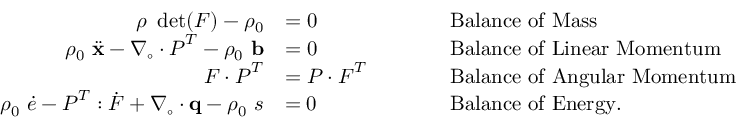
{ \begin{array} { r l r l } { \rho ~ \operatorname* { d e t } ( { \boldsymbol { F } } ) - \rho _ { 0 } } & { = 0 } & & { \qquad { \mathrm { B a l a n c e ~ o f ~ M a s s } } } \\ { \rho _ { 0 } ~ { \ddot { \mathbf { x } } } - { \boldsymbol { \nabla } } _ { \circ } \cdot { \boldsymbol { P } } ^ { T } - \rho _ { 0 } ~ \mathbf { b } } & { = 0 } & & { \qquad { \mathrm { B a l a n c e ~ o f ~ L i n e a r ~ M o m e n t u m } } } \\ { { \boldsymbol { F } } \cdot { \boldsymbol { P } } ^ { T } } & { = { \boldsymbol { P } } \cdot { \boldsymbol { F } } ^ { T } } & & { \qquad { \mathrm { B a l a n c e ~ o f ~ A n g u l a r ~ M o m e n t u m } } } \\ { \rho _ { 0 } ~ { \dot { e } } - { \boldsymbol { P } } ^ { T } : { \dot { \boldsymbol { F } } } + { \boldsymbol { \nabla } } _ { \circ } \cdot \mathbf { q } - \rho _ { 0 } ~ s } & { = 0 } & & { \qquad { \mathrm { B a l a n c e ~ o f ~ E n e r g y . } } } \end{array} }